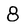
Character: 8